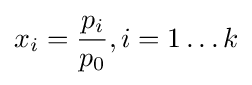
x_{i}={\frac {p_{i}}{p_{0}}},i=1\ldots k